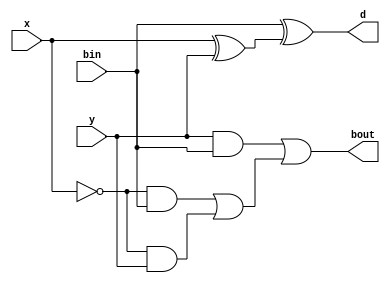
module full_subtractor(x,y,bin,bout,d);
    input wire x,y,bin;
    output wire bout,d;
    wire b_temp,d_temp,a1,a2,a3,n1;
    
    xor s1 (d_temp,x,y);
    xor s2 (d,bin,d_temp);

    not c1 (n1,x);
    and c2 (a1,n1,bin);
    and c3 (a2,n1,y);
    and c4 (a3,y,bin);
    or c5 (b_temp,a1,a2);
    or c6 (bout,a3,b_temp);

endmodule